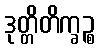
ဒုတ္တိတိက္ခဉ္စ